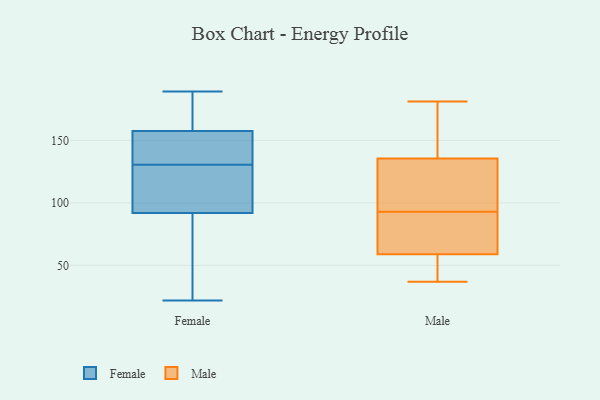
{"axis": {"x": "Headcount", "y": "Value"}, "legend": ["Female", "Male"], "data": [{"x": "", "y": 117, "type": "Female"}, {"x": "", "y": 111, "type": "Female"}, {"x": "", "y": 83, "type": "Female"}, {"x": "", "y": 176, "type": "Female"}, {"x": "", "y": 188, "type": "Female"}, {"x": "", "y": 173, "type": "Female"}, {"x": "", "y": 130, "type": "Female"}, {"x": "", "y": 139, "type": "Female"}, {"x": "", "y": 131, "type": "Female"}, {"x": "", "y": 71, "type": "Female"}, {"x": "", "y": 101, "type": "Female"}, {"x": "", "y": 47, "type": "Female"}, {"x": "", "y": 144, "type": "Female"}, {"x": "", "y": 109, "type": "Female"}, {"x": "", "y": 135, "type": "Female"}, {"x": "", "y": 76, "type": "Female"}, {"x": "", "y": 150, "type": "Female"}, {"x": "", "y": 22, "type": "Female"}, {"x": "", "y": 165, "type": "Female"}, {"x": "", "y": 189, "type": "Female"}, {"x": "", "y": 140, "type": "Male"}, {"x": "", "y": 133, "type": "Male"}, {"x": "", "y": 164, "type": "Male"}, {"x": "", "y": 181, "type": "Male"}, {"x": "", "y": 135, "type": "Male"}, {"x": "", "y": 42, "type": "Male"}, {"x": "", "y": 37, "type": "Male"}, {"x": "", "y": 51, "type": "Male"}, {"x": "", "y": 72, "type": "Male"}, {"x": "", "y": 136, "type": "Male"}, {"x": "", "y": 88, "type": "Male"}, {"x": "", "y": 76, "type": "Male"}, {"x": "", "y": 42, "type": "Male"}, {"x": "", "y": 67, "type": "Male"}, {"x": "", "y": 102, "type": "Male"}, {"x": "", "y": 98, "type": "Male"}]}